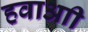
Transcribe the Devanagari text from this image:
हवाआी